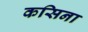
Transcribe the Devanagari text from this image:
कसिना